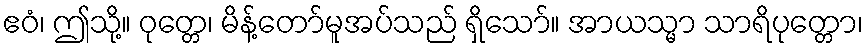
ဧဝံ၊ ဤသို့။ ဝုတ္တေ၊ မိန့်တော်မူအပ်သည် ရှိသော်။ အာယသ္မာ သာရိပုတ္တော၊